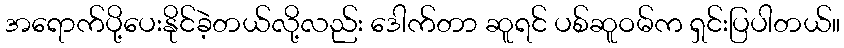
အရောက်ပို့ပေးနိုင်ခဲ့တယ်လို့လည်း ဒေါက်တာ ဆူရင် ပစ်ဆူဝမ်က ရှင်းပြပါတယ်။